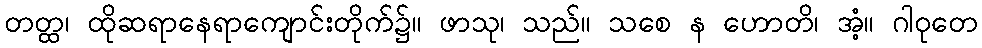
တတ္ထ၊ ထိုဆရာနေရာကျောင်းတိုက်၌။ ဖာသု၊ သည်။ သစေ န ဟောတိ၊ အံ့။ ဂါဝုတေ